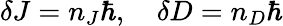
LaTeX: \delta J=n_{J}\hbar,\quad\delta D=n_{D}\hbar